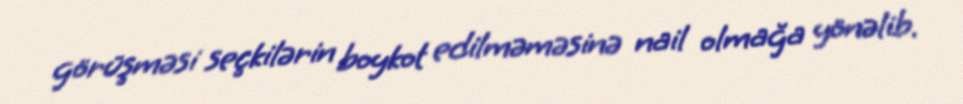
görüşməsi seçkilərin boykot edilməməsinə nail olmağa yönəlib.